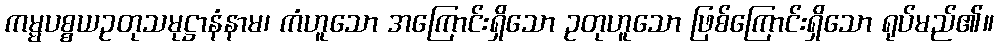
ကမ္မပစ္စယဥတုသမုဋ္ဌာနံနာမ၊ ကံဟူသော အကြောင်းရှိသော ဥတုဟူသော ဖြစ်ကြောင်းရှိသော ရုပ်မည်၏။